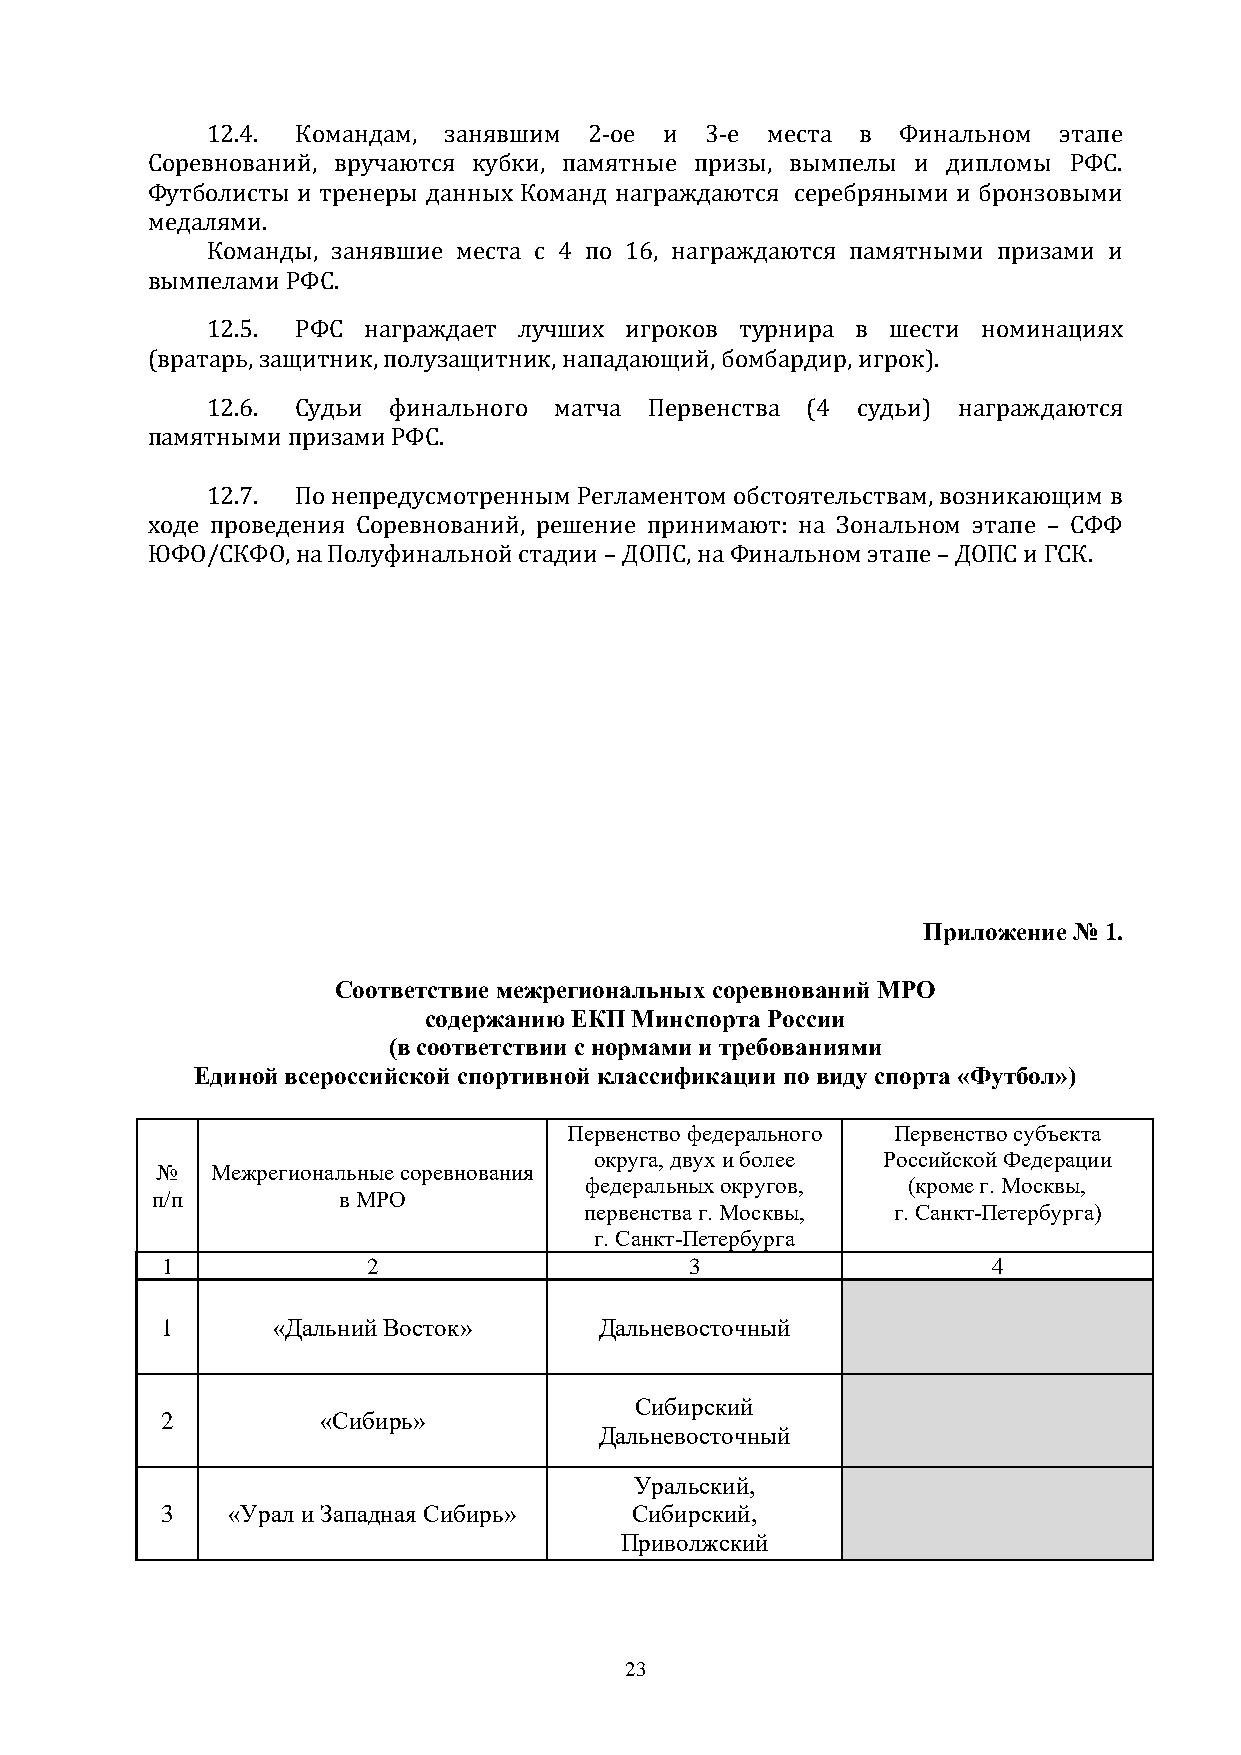
12.4. Командам, занявшим 2-ое и  3-е места в  Финальном этапе
 Соревнований, вручаются кубки, памятные призы, вымпелы и дипломы РФС.
 Футболисты и тренеры данных Команд награждаются серебряными и бронзовыми
 медалями.
 Команды, занявшие места с 4 по 16, награждаются памятными призами и
 вымпелами РФС.
 12.5. РФС награждает лучших игроков турнира в шести номинациях
 (вратарь, защитник, полузащитник, нападающий, бомбардир, игрок).
 12.6. Судьи финального матча Первенства (4 судьи) награждаются
 памятными призами РФС.
 12.7. По непредусмотренным Регламентом обстоятельствам, возникающим в
 ходе проведения Соревнований, решение принимают: на Зональном этапе – СФФ
 ЮФО/СКФО, на Полуфинальной стадии – ДОПС, на Финальном этапе – ДОПС и ГСК.
 Приложение № 1.
 Соответствие межрегиональных соревнований МРО
 содержанию ЕКП Минспорта России
 (в соответствии с нормами и требованиями
 Единой всероссийской спортивной классификации по виду спорта «Футбол»)
 Первенство федерального Первенство субъекта
 округа, двух и более Российской Федерации
 №   Межрегиональные соревнования
 федеральных округов, (кроме г. Москвы,
 п/п         в МРО
 первенства г. Москвы, г. Санкт-Петербурга)
 г. Санкт-Петербурга
 1            2                     3                   4
 1      «Дальний Восток»      Дальневосточный
 Сибирский
 2         «Сибирь»
 Дальневосточный
 Уральский,
 3   «Урал и Западная Сибирь»   Сибирский,
 Приволжский
 23